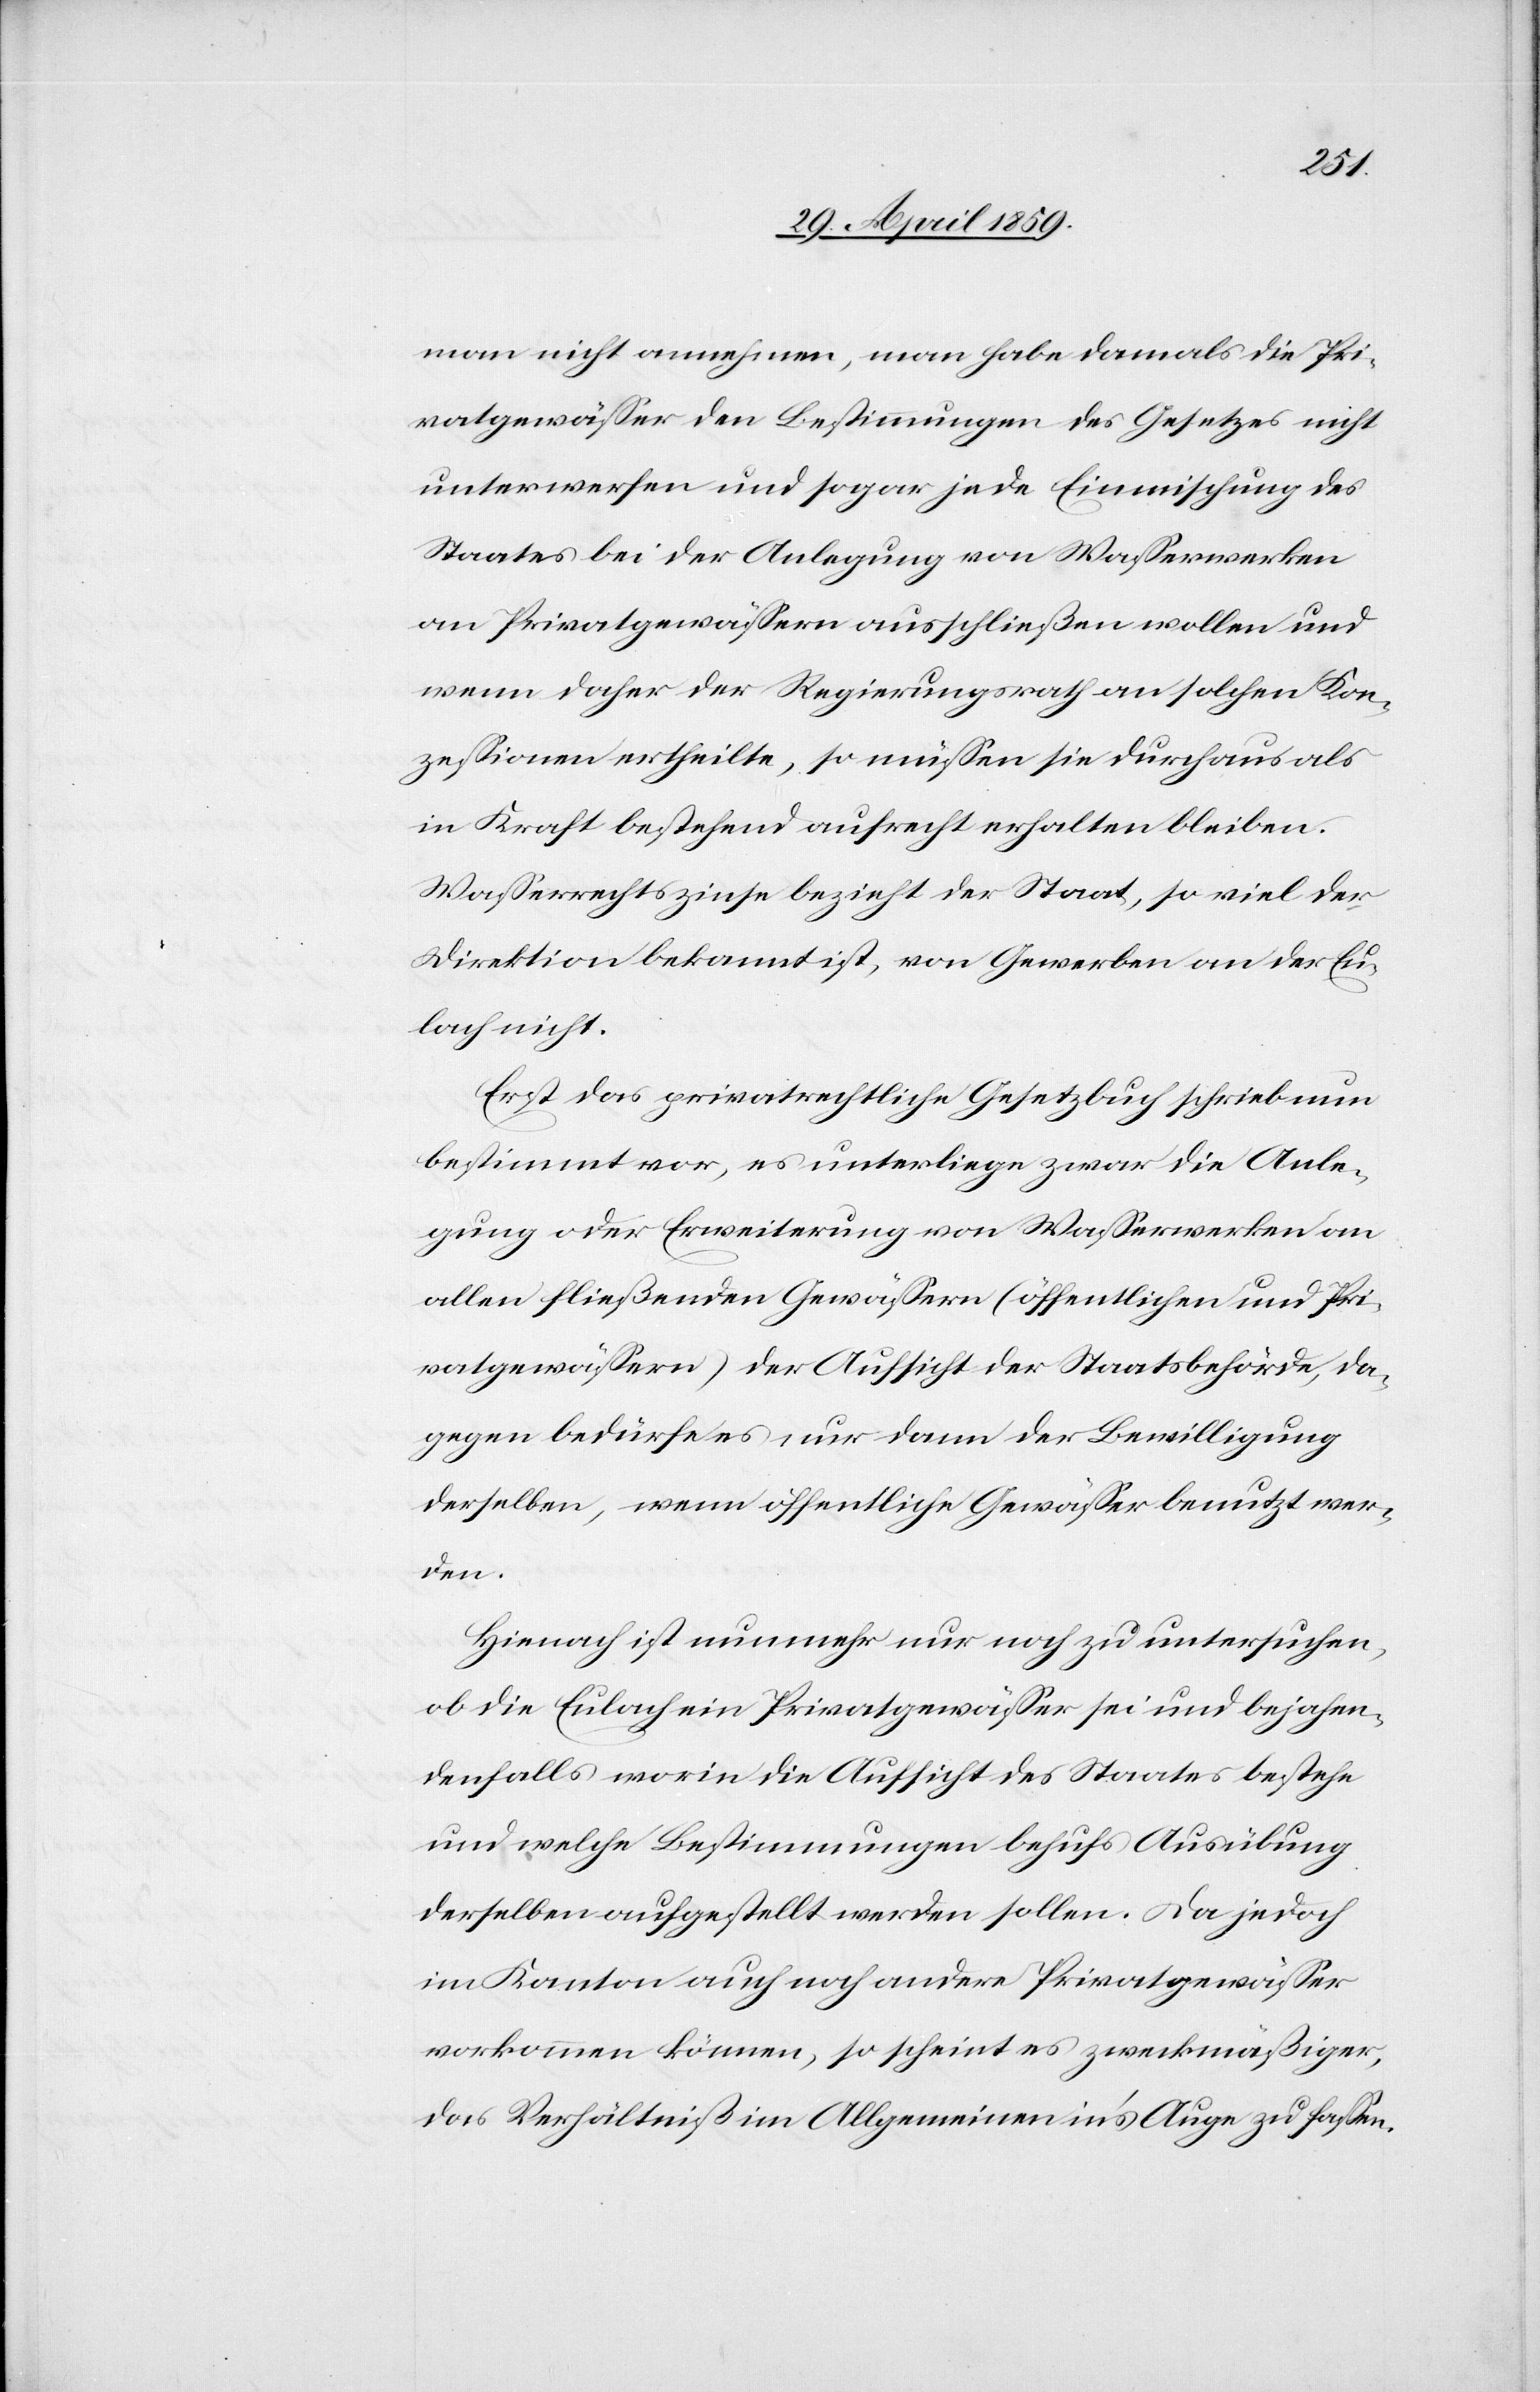
man nicht annehmen, man habe damals die Pri¬
vatgewäßer den Bestimmungen des Gesetzes nicht
unterwerfen und sogar jede Einmischung des
Staates bei der Anlegung von Waßerwerken
an Privatgewäßern ausschließen wollen und
wenn daher der Regierungsrath an solchen Kon¬
zeßionen ertheilte, so müßen sie durchaus als
in Kraft bestehend aufrecht erhalten bleiben.
Waßerrechtszinse bezieht der Staat, so viel der
Direktion bekannt ist, von Gewerben an der Eu¬
lach nicht.
Erst das privatrechtliche Gesetzbuch schrieb nun
bestimmt vor, es unterliege zwar die Anle¬
gung oder Erweiterung von Waßerwerken an
allen fließenden Gewäßern (öffentlichen und Pri¬
vatgewäßern) der Aufsicht der Staatsbehörde, da¬
gegen bedürfe es nur dann der Bewilligung
derselben, wenn öffentliche Gewäßer benutzt wer¬
den.
Hienach ist nunmehr noch zu untersuchen,
ob die Eulach ein Privatgewäßer sei und bejahen¬
denfalls worin die Aufsicht des Staates bestehe
und welche Bestimmungen behufs Ausübung
derselben aufgestellt werden sollen. Da jedoch
im Kanton auch noch andere Privatgewäßer
vorkommen können, so scheint es zweckmäßiger,
das Verhältniß im Allgemeinen ins Auge zu faßen.